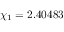
\chi _ { 1 } = 2 . 4 0 4 8 3